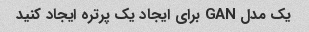
یک مدل GAN برای ایجاد یک پرتره ایجاد کنید